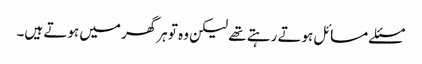
مسئلے مسائل ہوتے رہتے تھے لیکن وہ تو ہرگھر میں ہوتے ہیں۔